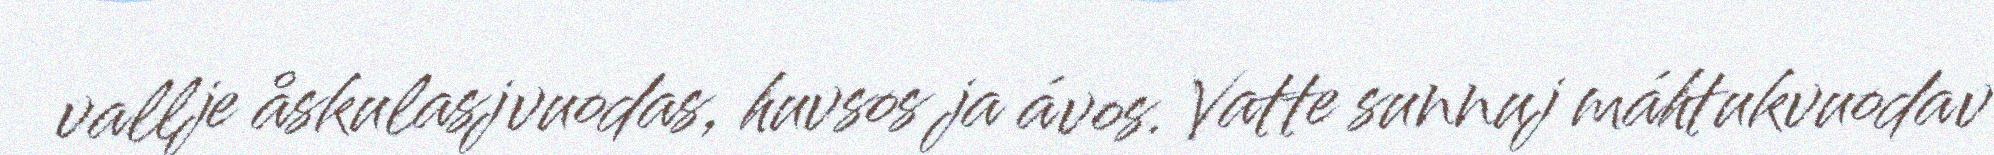
vallje åskulasjvuodas, huvsos ja ávos. Vatte sunnuj máhtukvuodav